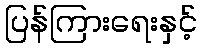
ပြန်ကြားရေးနှင့်